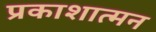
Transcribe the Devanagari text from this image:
प्रकाशात्मन